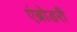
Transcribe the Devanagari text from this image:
एंब्रोडरी